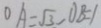
O A = \sqrt { 3 } , O B = 1